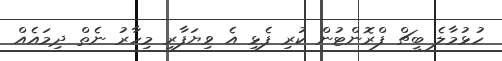
ހުޅުމާލެ ބީޗް ފްރޮންޓުން ކުރި ފެޅި އެ ވިޔަފާރި މިހާރު ނެތް ދިމައެއް